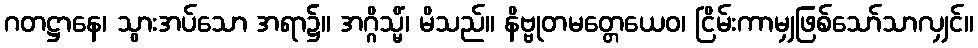
ဂတဋ္ဌာနေ၊ သွားအပ်သော အရာ၌။ အဂ္ဂိသ္မိံ၊ မိသည်။ နိဗ္ဗုတမတ္တေယေဝ၊ ငြိမ်းကာမျှဖြစ်သော်သာလျှင်။